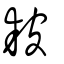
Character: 耚